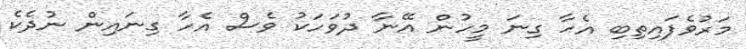
މަރުވެފައިތިބި އެހާ ގިނަ މީހުން އޭނާ ދުވަހަކު ވެސް އެހާ ގިނައިން ނުދެކެ